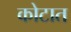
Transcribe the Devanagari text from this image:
कोटात